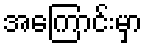
အကြောင်းမှာ